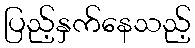
ပြည့်နှက်နေသည့်